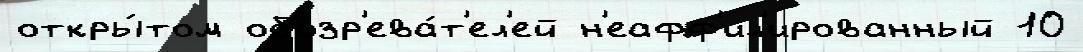
откры́том обозр'ева́т'ел'ей н'еафф'ил'ированный 10